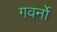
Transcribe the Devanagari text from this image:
गवर्नो